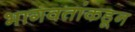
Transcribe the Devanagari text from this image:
भागवतांकडून